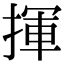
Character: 揮